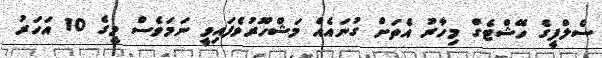
ސެލްފީގެ ހޭޝްޓެގް މިހާރު އެތަށް ގުނައެއް މަޝްހޫރުވެފައިވީ ނަމަވެސް މީގެ 10 އަހަރު